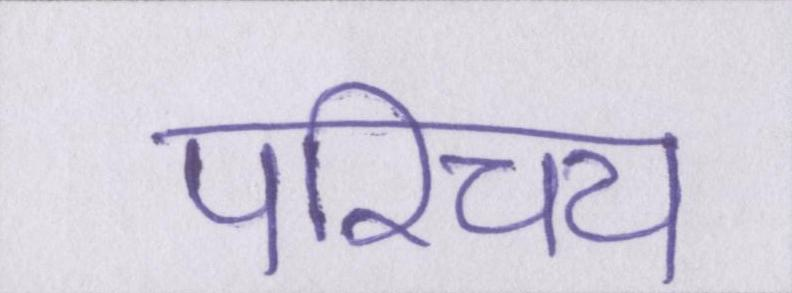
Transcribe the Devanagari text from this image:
परिचय